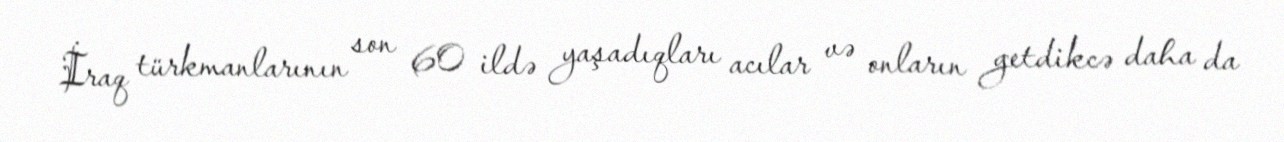
İraq türkmanlarının son 60 ildə yaşadıqları acılar və onların getdikcə daha da